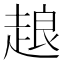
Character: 𧻴